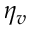
\eta _ { v }